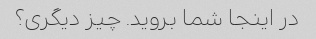
در اینجا شما بروید. چیز دیگری؟